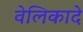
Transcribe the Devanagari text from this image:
वेलिकादे